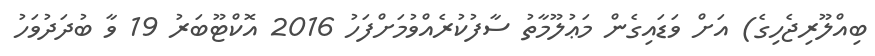
ބިއްލޫރިޖެހިގެ) އަށް ވަޑައިގެން މަޢުލޫމާތު ސާފުކުރެއްވުމަށްފަހު 2016 އޮކްޓޫބަރު 19 ވާ ބުދަދުވަހު